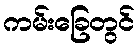
ကမ်းခြေတွင်